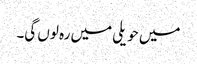
میں حویلی میں رہ لوں گی۔